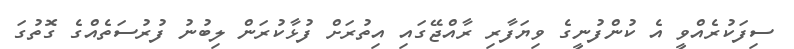
ސިފަކުރެއްވީ އެ ކުންފުނީގެ ވިޔަފާރި ރާއްޖޭގައި އިތުރަށް ފުޅާކުރަން ލިބުނު ފުރުސަތެއްގެ ގޮތުގަ